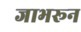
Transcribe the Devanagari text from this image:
जाभरून